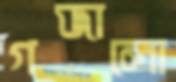
গজালো